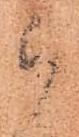
被